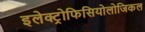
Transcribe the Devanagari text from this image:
इलेक्ट्रोफिसियोलोजिकल